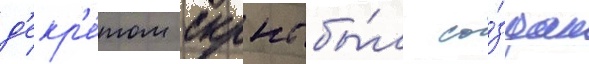
д'екр'е́том скрнс бы́л со́здан